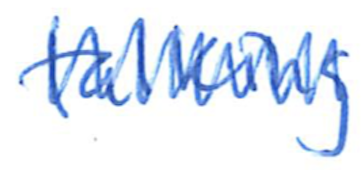
Text: talking
Cross-out: zig-zag
Writing tool: ballpoint